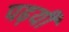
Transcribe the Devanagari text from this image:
पढ़यी